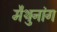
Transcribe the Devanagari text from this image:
मैथुनांग